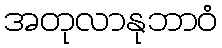
အတုလာနုဘာဝံ